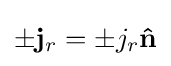
\pm \mathbf {j} _{r}=\pm j_{r}\mathbf {\hat {n}}